Indian journal of veterinary science and animal husbandry - Volume 8,
Year: 1938
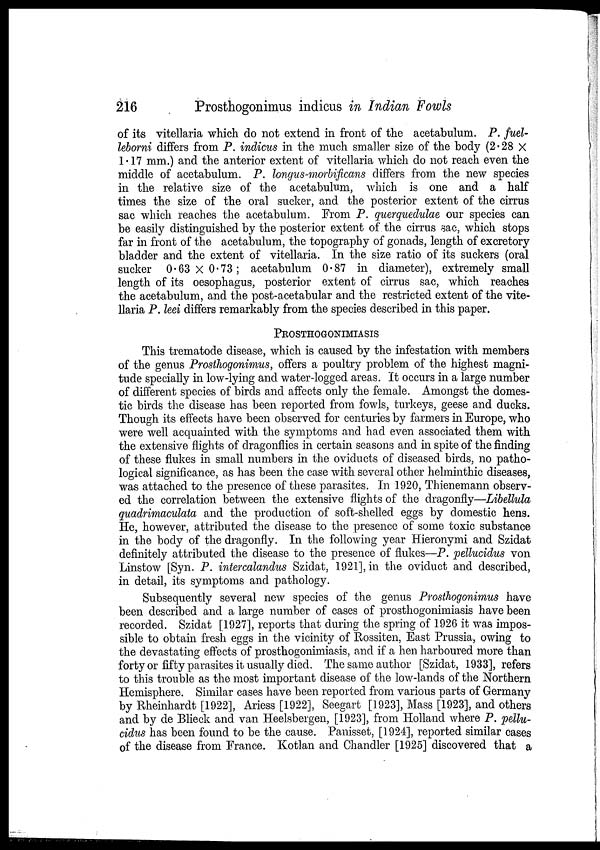
216
Prosthogonimus indicus in Indian Fowls
of its vitellaria which do not extend in front of the acetabulum. P. fuel¬
leborni differs from P. indicus in the much smaller size of the body (2.28×
1.17 mm.) and the anterior extent of vitellaria which do not reach even the
middle of acetabulum. P. longus-morbificans differs from the new species
in the relative size of the acetabulum, which is one and a half
times the size of the oral sucker, and the posterior extent of the cirrus
sac which reaches the acetabulum. From P. querquedulae our species can
be easily distinguished by the posterior extent of the cirrus sac, which stops
far in front of the acetabulum, the topography of gonads, length of excretory
bladder and the extent of vitellaria. In the size ratio of its suckers (oral
sucker 0.63 × 0.73; acetabulum 0.87 in diameter), extremely small
length of its oesophagus, posterior extent of cirrus sac, which reaches
the acetabulum, and the post-acetabular and the restricted extent of the vite-
llaria P. leei differs remarkably from the species described in this paper.
PROSTHOGONIMIASIS
This trematode disease, which is caused by the infestation with members
of the genus Prosthogonimus, offers a poultry problem of the highest magni-
tude specially in low-lying and water-logged areas. It occurs in a large number
of different species of birds and affects only the female. Amongst the domes-
tic birds the disease has been reported from fowls, turkeys, geese and ducks.
Though its effects have been observed for centuries by farmers in Europe, who
were well acquainted with the symptoms and had even associated them with
the extensive flights of dragonflies in certain seasons and in spite of the finding
of these flukes in small numbers in the oviducts of diseased birds, no patho-
logical significance, as has been the case with several other helminthic diseases,
was attached to the presence of these parasites. In 1920, Thienemann observ-
ed the correlation between the extensive flights of the dragonfly—Libellula
quadrimaculata and the production of soft-shelled eggs by domestic hens.
He, however, attributed the disease to the presence of some toxic substance
in the body of the dragonfly. In the following year Hieronymi and Szidat
definitely attributed the disease to the presence of flukes—P. pellucidus von
Linstow [Syn. P. intercalandus Szidat, 1921], in the oviduct and described,
in detail, its symptoms and pathology.
Subsequently several new species of the genus Prosthogonimus have
been described and a large number of cases of prosthogonimiasis have been
recorded. Szidat [1927], reports that during the spring of 1926 it was impos-
sible to obtain fresh eggs in the vicinity of Rossiten, East Prussia, owing to
the devastating effects of prosthogonimiasis, and if a hen harboured more than
forty or fifty parasites it usually died. The same author [Szidat, 1933], refers
to this trouble as the most important disease of the low-lands of the Northern
Hemisphere. Similar cases have been reported from various parts of Germany
by Rheinhardt [1922], Ariess [1922], Seegart [1923], Mass [1923], and others
and by de Blieck and van Heelsbergen, [1923], from Holland where P. pellu-
cidus has been found to be the cause. Panisset, [1924], reported similar cases
of the disease from France. Kotlan and Chandler [1925] discovered that a